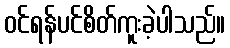
ဝင်ရန်ပင်စိတ်ကူးခဲ့ပါသည်။